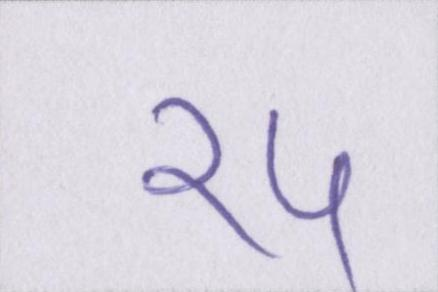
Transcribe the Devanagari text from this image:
१५